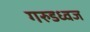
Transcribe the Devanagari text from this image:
गरुडध्वज